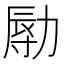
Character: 𠢑